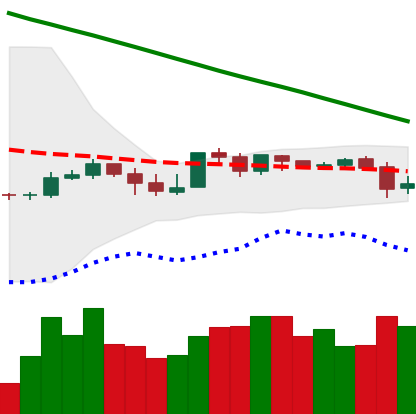
Ticker: XLM-USD
Chart end date: 2019-10-24
Forward return: 9.194%
Label: up_7plus